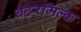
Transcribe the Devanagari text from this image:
बटरमिल्क